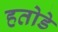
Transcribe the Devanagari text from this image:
हतोडे